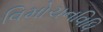
વિમોચનવિધિ